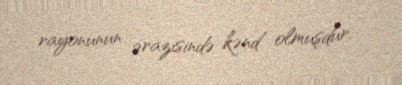
rayonunun ərazisində kənd olmuşdur.